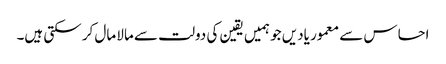
احساس سے معمور یادیں جو ہمیں یقین کی دولت سے مالا مال کر سکتی ہیں۔